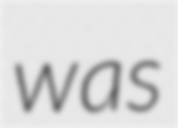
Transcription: was